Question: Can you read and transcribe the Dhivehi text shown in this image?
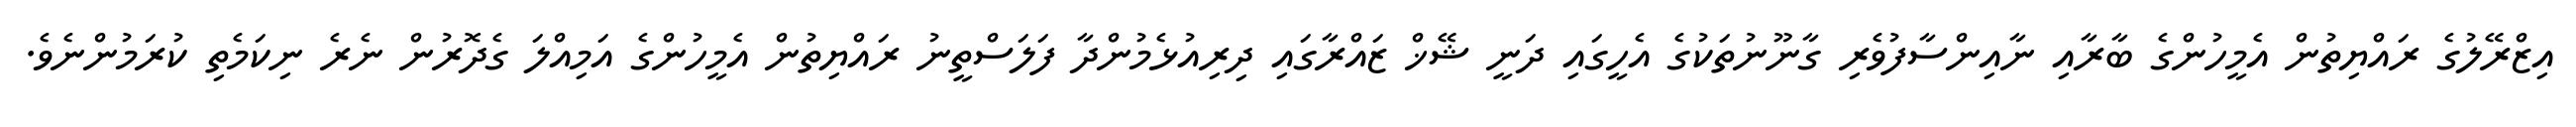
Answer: އިޒްރޭލުގެ ރައްޔިތުން އެމީހުންގެ ބާރާއި ނާއިންސާފުވެރި ގާނޫނުތަކުގެ އެހީގައި ދަނީ ޝޭޚް ޒައްރާގައި ދިރިއުޅެމުންދާ ފަލަސްތީނު ރައްޔިތުން އެމީހުންގެ އަމިއްލަ ގެދޮރުން ނެރެ ނިކަމެތި ކުރަމުންނެވެ.